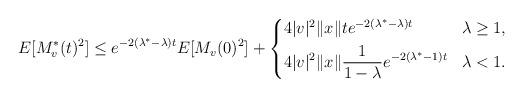
LaTeX: \begin{align*}E[M^*_v(t)^2]\le e^{-2(\lambda^*-\lambda)t}E[M_v(0)^2]+\left\{\begin{aligned}&4|v|^2\|x\|te^{-2(\lambda^*-\lambda)t} &&\lambda\ge1,\\&4|v|^2\|x\|\frac{1}{1-\lambda}e^{-2(\lambda^*-1)t} &&\lambda<1.\end{aligned}\right.\end{align*}